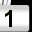
Digit: 1